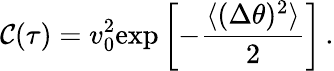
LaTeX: \mathcal{C}(\tau)=v_{0}^{2}\mathrm{{exp}}\left[-{\frac{{\langle(\Delta\theta)^{2}\rangle}}{{2}}}\right]\, .